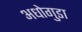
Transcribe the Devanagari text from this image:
अधोगुडा